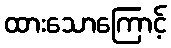
ထားသောကြောင့်